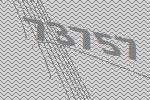
73757